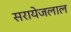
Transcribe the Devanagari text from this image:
सरायेजलाल